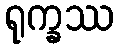
ရုက္ခဿ